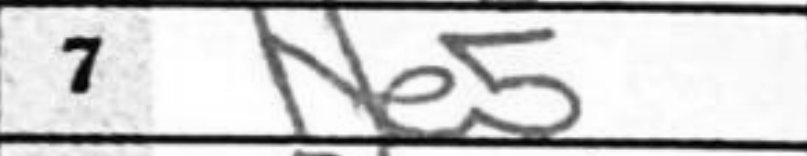
Transcription: Ne5